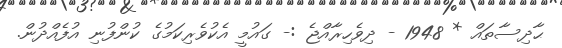
ޙާދިސާތައް * 1948 - ދިވެހިރާއްޖެ :- ގައުމީ އެކުވެރިކަމުގެ ކުންފުނި އުފެއްދުން.